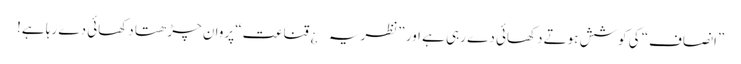
”انصاف“ کی کوشش ہوتے دکھائی دے رہی ہے اور ”نظریہ¿ قناعت“ پروان چڑھتا دکھائی دے رہا ہے!